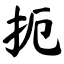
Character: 扼